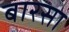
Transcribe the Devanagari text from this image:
बारसा